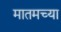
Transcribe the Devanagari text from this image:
मातमच्या